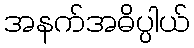
အနက်အဓိပ္ပါယ်